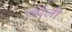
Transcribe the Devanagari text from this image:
व्हॉली